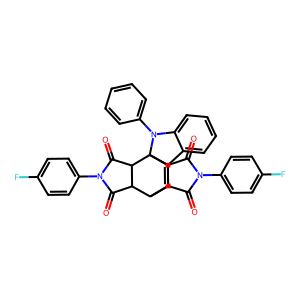
SMILES: O=C1C2C3C=C4c5ccccc5N(c5ccccc5)C4(C2C(=O)N1c1ccc(F)cc1)C1C(=O)N(c2ccc(F)cc2)C(=O)C31
Inhibits HIV replication: No